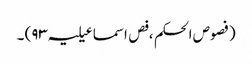
(فصوص الحکم ، فص اسماعیلیہ ۹۳) ۔